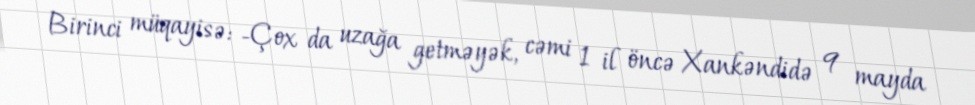
Birinci müqayisə: -Çox da uzağa getməyək, cəmi 1 il öncə Xankəndidə 9 mayda